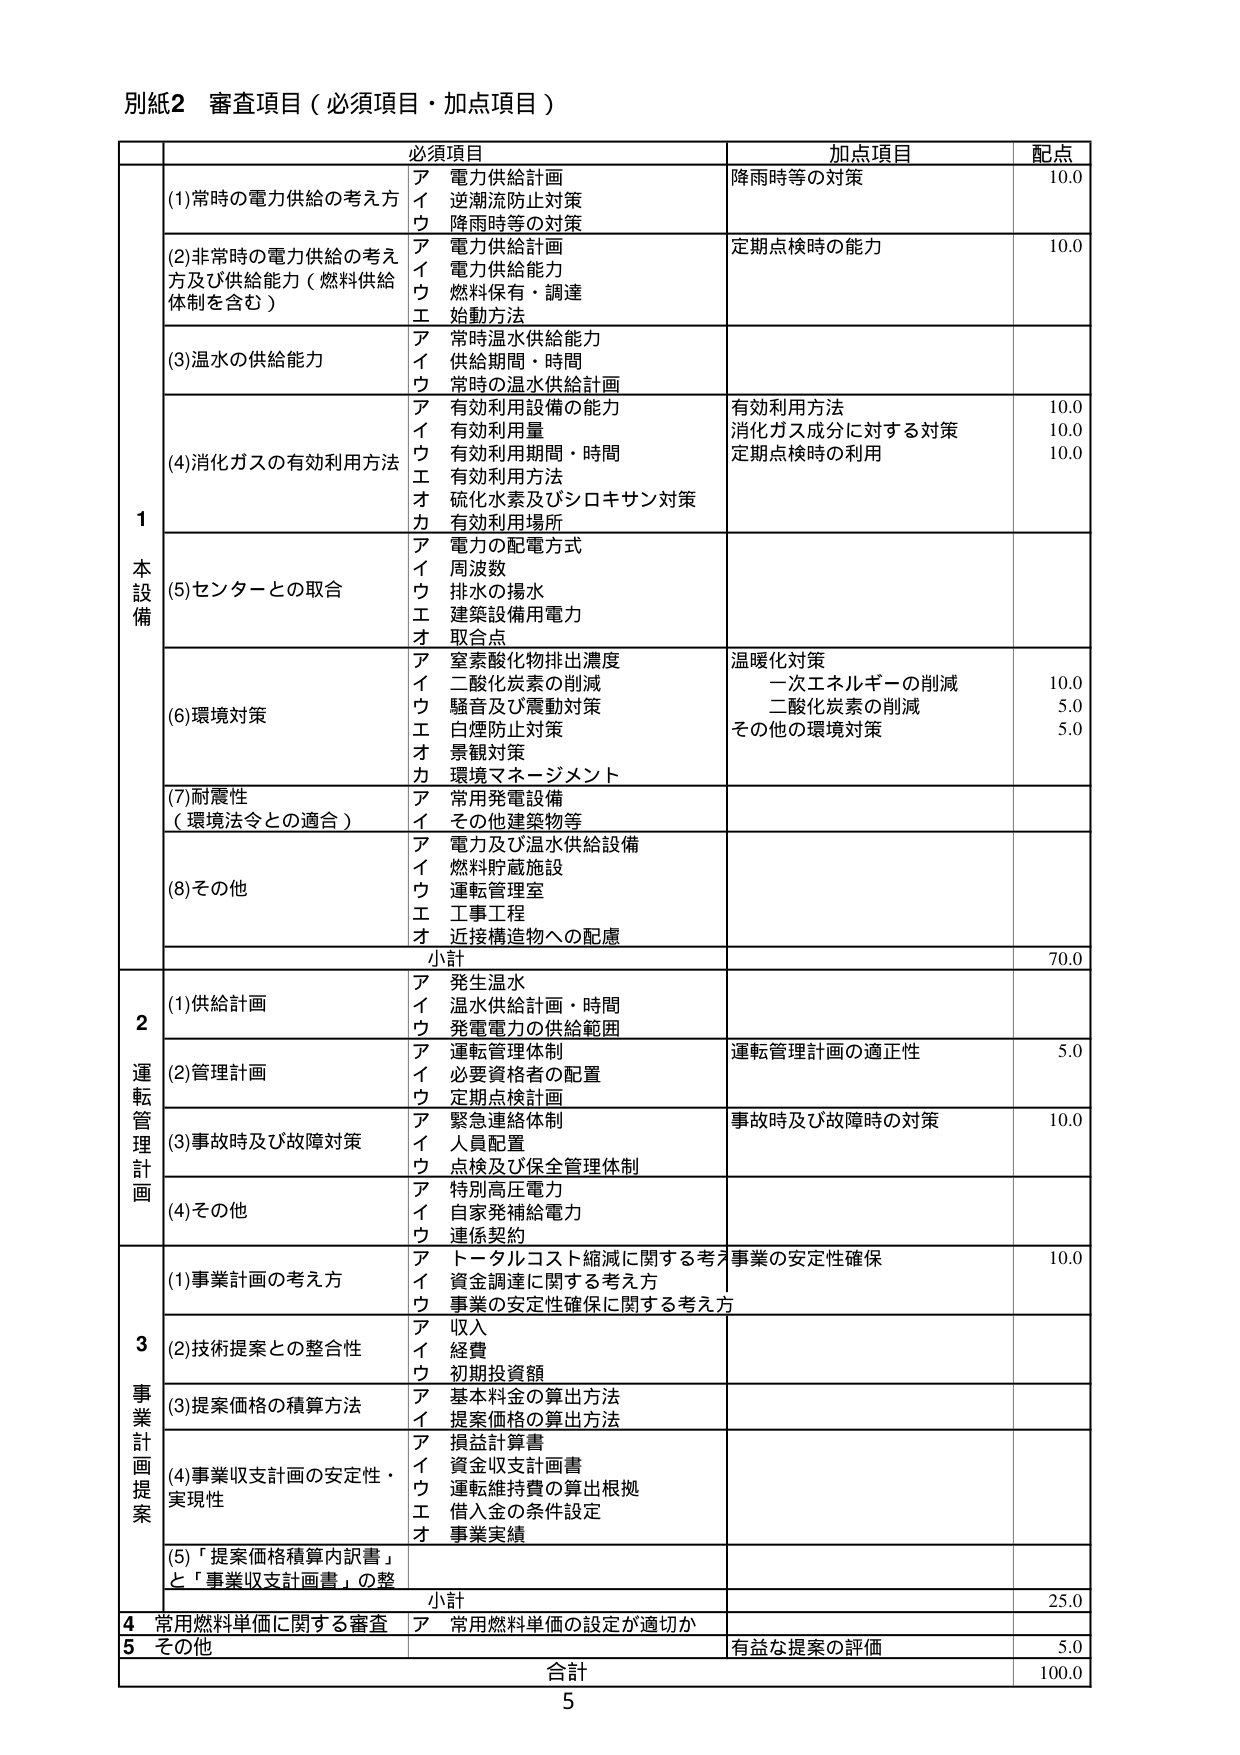
別紙2 審査項目（必須項目・加点項目）

必須項目 加点項目 配点

1 本設備
(1)常時の電力供給の考え方
ア 電力供給計画
イ 逆潮流防止対策
ウ 降雨時等の対策
降雨時等の対策 10.0

(2)非常時の電力供給の考え方及び供給能力（燃料供給体制を含む）
ア 電力供給計画
イ 電力供給能力
ウ 燃料保有・調達
エ 始動方法
定期点検時の能力 10.0

(3)温水の供給能力
ア 常時温水供給能力
イ 供給期間・時間
ウ 常時の温水供給計画

(4)消化ガスの有効利用方法
ア 有効利用設備の能力
イ 有効利用量
ウ 有効利用期間・時間
エ 有効利用方法
オ 硫化水素及びシロキサン対策
カ 有効利用場所
有効利用方法 10.0
消化ガス成分に対する対策 10.0
定期点検時の利用 10.0

(5)センターとの取合
ア 電力の配電方式
イ 周波数
ウ 排水の揚水
エ 建築設備用電力
オ 取合点

(6)環境対策
ア 室素酸化物排出濃度
イ 二酸化炭素の削減
ウ 騒音及び震動対策
エ 白煙防止対策
オ 景観対策
カ 環境マネージメント
温暖化対策
一次エネルギーの削減 10.0
二酸化炭素の削減 5.0
その他の環境対策 5.0

(7)耐震性（環境法令との適合）
ア 常用発電設備
イ その他建築物等

(8)その他
ア 電力及び温水供給設備
イ 燃料貯蔵施設
ウ 運転管理室
エ 工事工程
オ 近接構造物への配慮

小計 70.0

2 運転管理計画
(1)供給計画
ア 発生温水
イ 温水供給計画・時間
ウ 発電電力の供給範囲

(2)管理計画
ア 運転管理体制
イ 必要資格者の配置
ウ 定期点検計画
運転管理計画の適正性 5.0

(3)事故時及び故障対策
ア 緊急連絡体制
イ 人員配置
ウ 点検及び保全管理体制
事故時及び故障時の対策 10.0

(4)その他
ア 特別高圧電力
イ 自家発補給電力
ウ 運係契約

3 事業計画提案
(1)事業計画の考え方
ア トータルコスト縮減に関する考え方
イ 資金調達に関する考え方
ウ 事業の安定性確保に関する考え方
事業の安定性確保 10.0

(2)技術提案との整合性
ア 収入
イ 経費
ウ 初期投資額

(3)提案価格の積算方法
ア 基本料金の算出方法
イ 提案価格の算出方法

(4)事業収支計画の安定性・実現性
ア 損益計算書
イ 資金収支計画書
ウ 運転維持費の算出根拠
エ 借入金の条件設定
オ 事業実績

(5)「提案価格積算内訳書」と「事業収支計画書」の整合性

小計 25.0

4 常用燃料単価に関する審査
ア 常用燃料単価の設定が適切か

5 その他
有益な提案の評価 5.0

合計 100.0

5